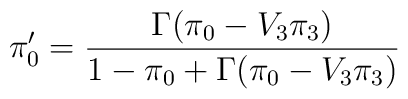
\pi_0'=\frac{\Gamma(\pi_0-V_3\pi_3)}{1-\pi_0+\Gamma(\pi_0-V_3\pi_3)}